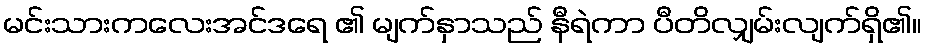
မင်းသားကလေးအင်ဒရေ ၏ မျက်နှာသည် နီရဲကာ ပီတိလျှမ်းလျက်ရှိ၏။